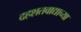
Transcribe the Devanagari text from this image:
दहशतवाद्याच्या